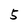
Character: 5